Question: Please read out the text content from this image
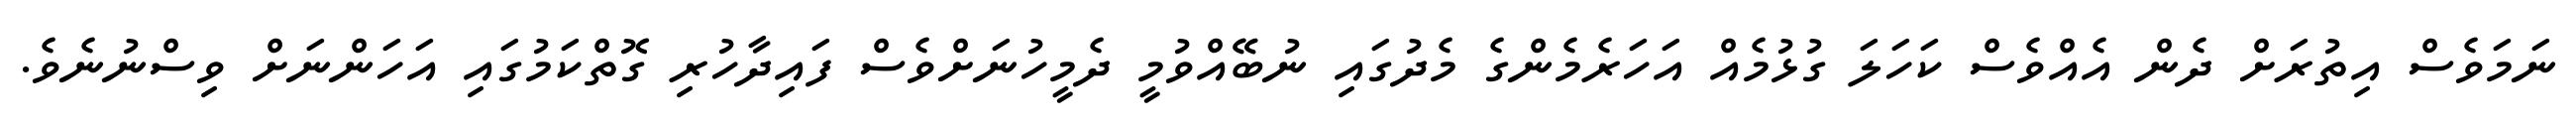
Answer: ނަމަވެސް އިތުރަށް ދެން އެއްވެސް ކަހަލަ ގުޅުމެއް އަހަރެމެންގެ މެދުގައި ނުބޭއްވުމީ ދެމީހުނަށްވެސް ފައިދާހުރި ގޮތްކަމުގައި އަހަންނަށް ވިސްނުނެވެ.